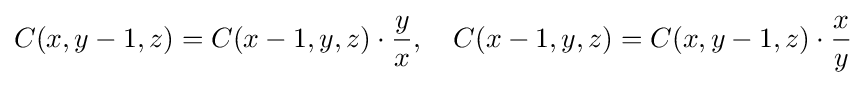
C(x,y-1,z)=C(x-1,y,z)\cdot {\frac {y}{x}},\quad C(x-1,y,z)=C(x,y-1,z)\cdot {\frac {x}{y}}